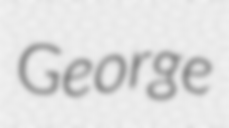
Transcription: George